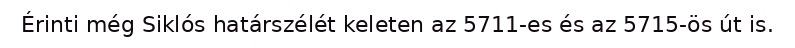
Érinti még Siklós határszélét keleten az 5711-es és az 5715-ös út is.